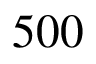
5 0 0